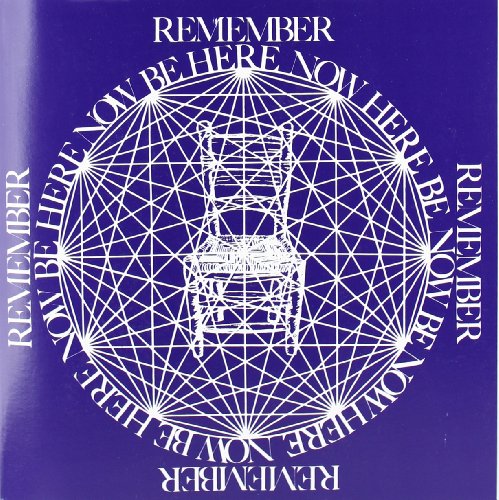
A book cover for Be Here Now; Ram Dass; Health, Fitness & Dieting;